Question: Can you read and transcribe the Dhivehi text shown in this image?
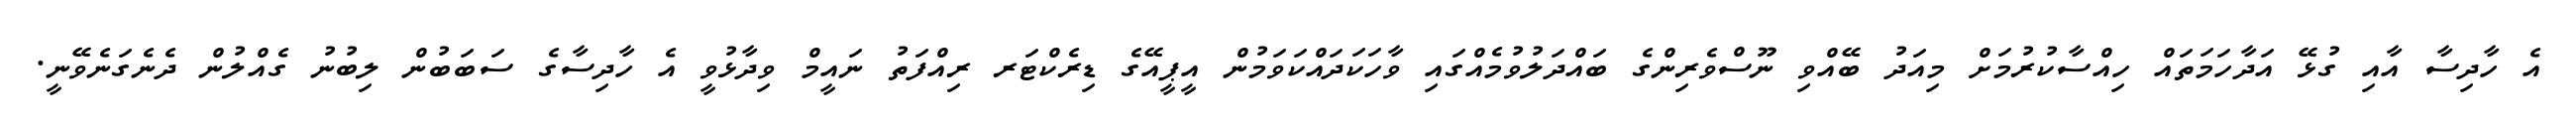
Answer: އެ ހާދިސާ އާއި ގުޅޭ އަދާހަމަތައް ހިއްސާކުރުމަށް މިއަދު ބޭއްވި ނޫސްވެރިންގެ ބައްދަލުވުމެއްގައި ވާހަކަދައްކަވަމުން އީޕީއޭގެ ޑިރެކްޓަރ ރިއްފަތު ނައީމް ވިދާޅުވީ އެ ހާދިސާގެ ސަބަބުން ލިބުނު ގެއްލުން ދެނެގަނެވޭނީ.